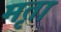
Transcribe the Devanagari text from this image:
मृता